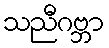
သညီဂဗ္ဘာ